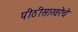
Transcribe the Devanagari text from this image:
पीठीसाखरेचे